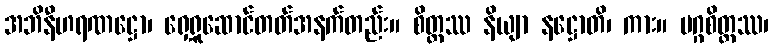
အဘိနီဟရဏဋ္ဌော၊ ရှေ့ရူဆောင်တတ်အနက်တည်း။ စိတ္တဿ နိယျာ နဋ္ဌောတိ၊ ကား။ မဂ္ဂစိတ္တဿ၊